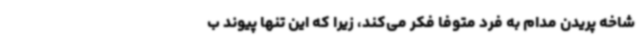
شاخه پریدن مدام به فرد متوفا فکر می‌کند، زیرا که این تنها پیوند ب